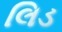
લિડ